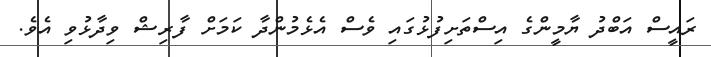
ރައީސް އަބްދު ޔާމީންގެ އިސްތަށިފުޅުގައި ވެސް އެޅެމުންދާ ކަމަށް ފާރިޝް ވިދާޅުވި އެވެ.